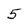
Character: 5